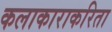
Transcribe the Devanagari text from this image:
कलाकाराकरिता